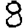
Digit: 8